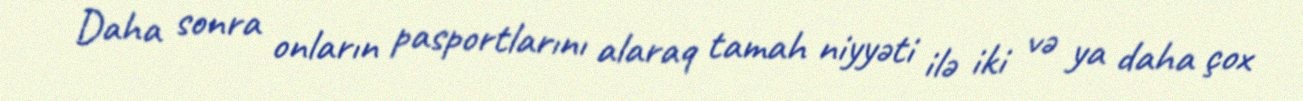
Daha sonra onların pasportlarını alaraq tamah niyyəti ilə iki və ya daha çox